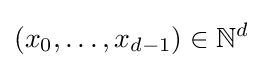
(x_{0},\dots ,x_{d-1})\in \mathbb {N} ^{d}